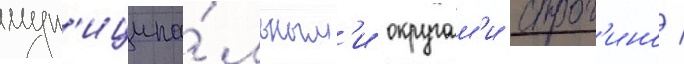
мун'иципа́льным'и округам'и строг'ино /